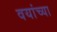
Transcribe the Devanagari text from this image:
वयांच्या